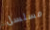
مسلسل